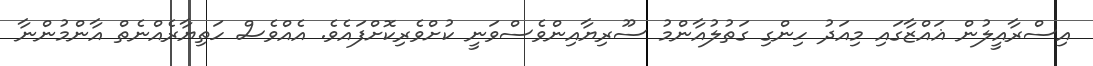
އިސްރާއީލުން ޣައްޒާގައި މިއަދު ހިންގި ގަތުލުއާންމު ސޫރިޔާއިންވެސްވަނީ ކުށްވެރިކޮށްފައެވެ. އެއްވެސް ހަތިޔާރެއްނެތް އާންމުންނާ